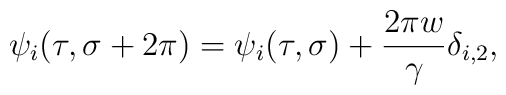
\psi_i(\tau,\sigma+2\pi)=\psi_i(\tau,\sigma)+\frac{2\pi w}{\gamma}  \delta_{i,2},